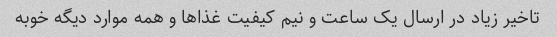
تاخیر زیاد در ارسال یک ساعت و نیم کیفیت غذاها و همه موارد دیگه خوبه